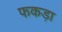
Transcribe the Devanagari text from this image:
फकड़ा